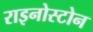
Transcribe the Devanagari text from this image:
राइनोस्टोन